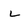
Character: L